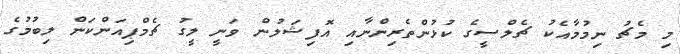
މި މެޗު ނިމުމާއެކު ޗެލްސީގެ ކުޅުންތެރިންނާއި އޮފިޝަލުން ވަނީ ލީގު ޗެމްޕިއަންކަން ލިބުމުގެ